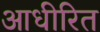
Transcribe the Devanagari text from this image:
आधीरित